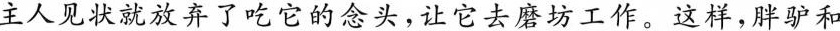
主人见状就放弃了吃它的念头，让它去磨坊工作。这样，胖驴和